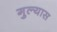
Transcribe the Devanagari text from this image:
गुल्यास